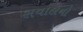
સવાલનો